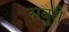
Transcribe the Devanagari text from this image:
सबुरी